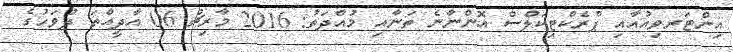
އިންޓަރވިއުއާއި ޕްރެކްޓިކަލްސް އޮންނާނެ ތަނާއި މުއްދަތު: 2016 މާރިޗު 06 އާދީއްތަ ދުވަހުގެ